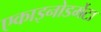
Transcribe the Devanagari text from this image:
एकाइनोडर्मेटा